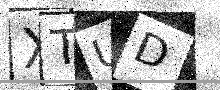
Text: XTUD